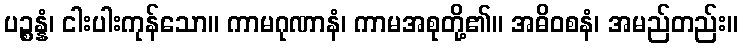
ပဉ္စန္နံ၊ ငါးပါးကုန်သော။ ကာမဂုဏာနံ၊ ကာမအစုတို့၏။ အဓိဝစနံ၊ အမည်တည်း။